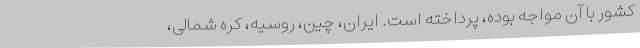
کشور با آن مواجه بوده، پرداخته است. ایران، چین، روسیه، کره شمالی،